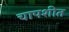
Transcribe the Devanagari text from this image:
चापशीत